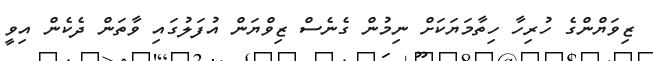
ޒިވަޔްންގެ ހުރިހާ ހިތާމަޔަކަށް ނިމުން ގެނެސް ޒިވްޔަން އުފަލުގައި ވާތަން ދެކެން އިވީ